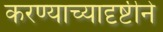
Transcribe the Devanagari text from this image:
करण्याच्यादृष्टीने